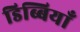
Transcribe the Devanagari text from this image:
डिब्बियाँ